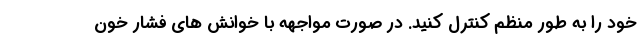
خود را به طور منظم کنترل کنید. در صورت مواجهه با خوانش های فشار خون